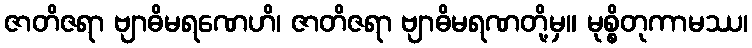
ဇာတိဇရာ ဗျာဓိမရဏေဟိ၊ ဇာတိဇရာ ဗျာဓိမရဏတို့မှ။ မုစ္စိတုကာမဿ၊